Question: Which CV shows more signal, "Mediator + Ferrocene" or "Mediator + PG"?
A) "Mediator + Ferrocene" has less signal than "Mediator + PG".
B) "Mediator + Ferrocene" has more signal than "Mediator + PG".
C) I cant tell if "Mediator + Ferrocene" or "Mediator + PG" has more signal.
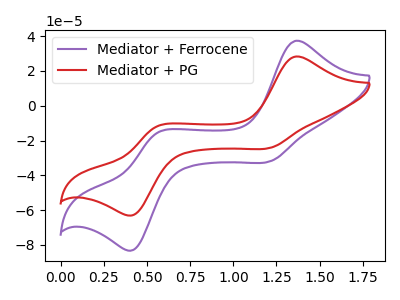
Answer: <think>The purple curve "Mediator + Ferrocene" has anodic peaks at (1.35V, 37.35uA) (0.55V, -15.50uA) and cathodic peaks at (1.20V, -31.90uA) (0.40V, -82.80uA). The red curve "Mediator + PG" has anodic peaks at (1.35V, 28.30uA) (0.55V, -11.75uA) and cathodic peaks at (1.20V, -24.20uA) (0.40V, -62.75uA).
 All the peaks in "Mediator + Ferrocene" have a peak in "Mediator + PG" at the same potential.</think>
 <answer>C) I cant tell if "Mediator + Ferrocene" or "Mediator + PG" has more signal.</answer>
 <eval>C</eval>